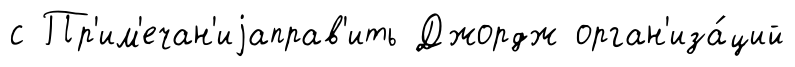
с Пр'им'ечан'иjаправ'ить Джордж орган'иза́ций